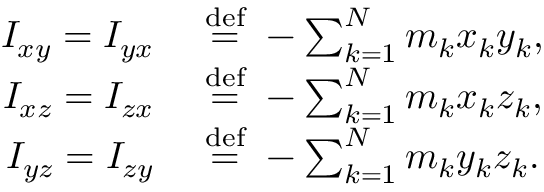
{ \begin{array} { r l } { I _ { x y } = I _ { y x } \ } & { { \stackrel { \mathrm { d e f } } { = } } \ - \sum _ { k = 1 } ^ { N } m _ { k } x _ { k } y _ { k } , } \\ { I _ { x z } = I _ { z x } \ } & { { \stackrel { \mathrm { d e f } } { = } } \ - \sum _ { k = 1 } ^ { N } m _ { k } x _ { k } z _ { k } , } \\ { I _ { y z } = I _ { z y } \ } & { { \stackrel { \mathrm { d e f } } { = } } \ - \sum _ { k = 1 } ^ { N } m _ { k } y _ { k } z _ { k } . } \end{array} }